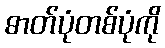
ဓာတ်ပုံတစ်ပုံကို